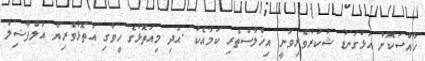
ޚާއްސަކޮށް އަޅުގަނޑު ޝުކުރުވެރިވަނީ އިޚްލާސްތެރި ކަމާއެކު .އަދި މިއަތޮޅުގެ ހީވާގި އަތޮޅުވެރިޔާ އަލްފާޟިލް